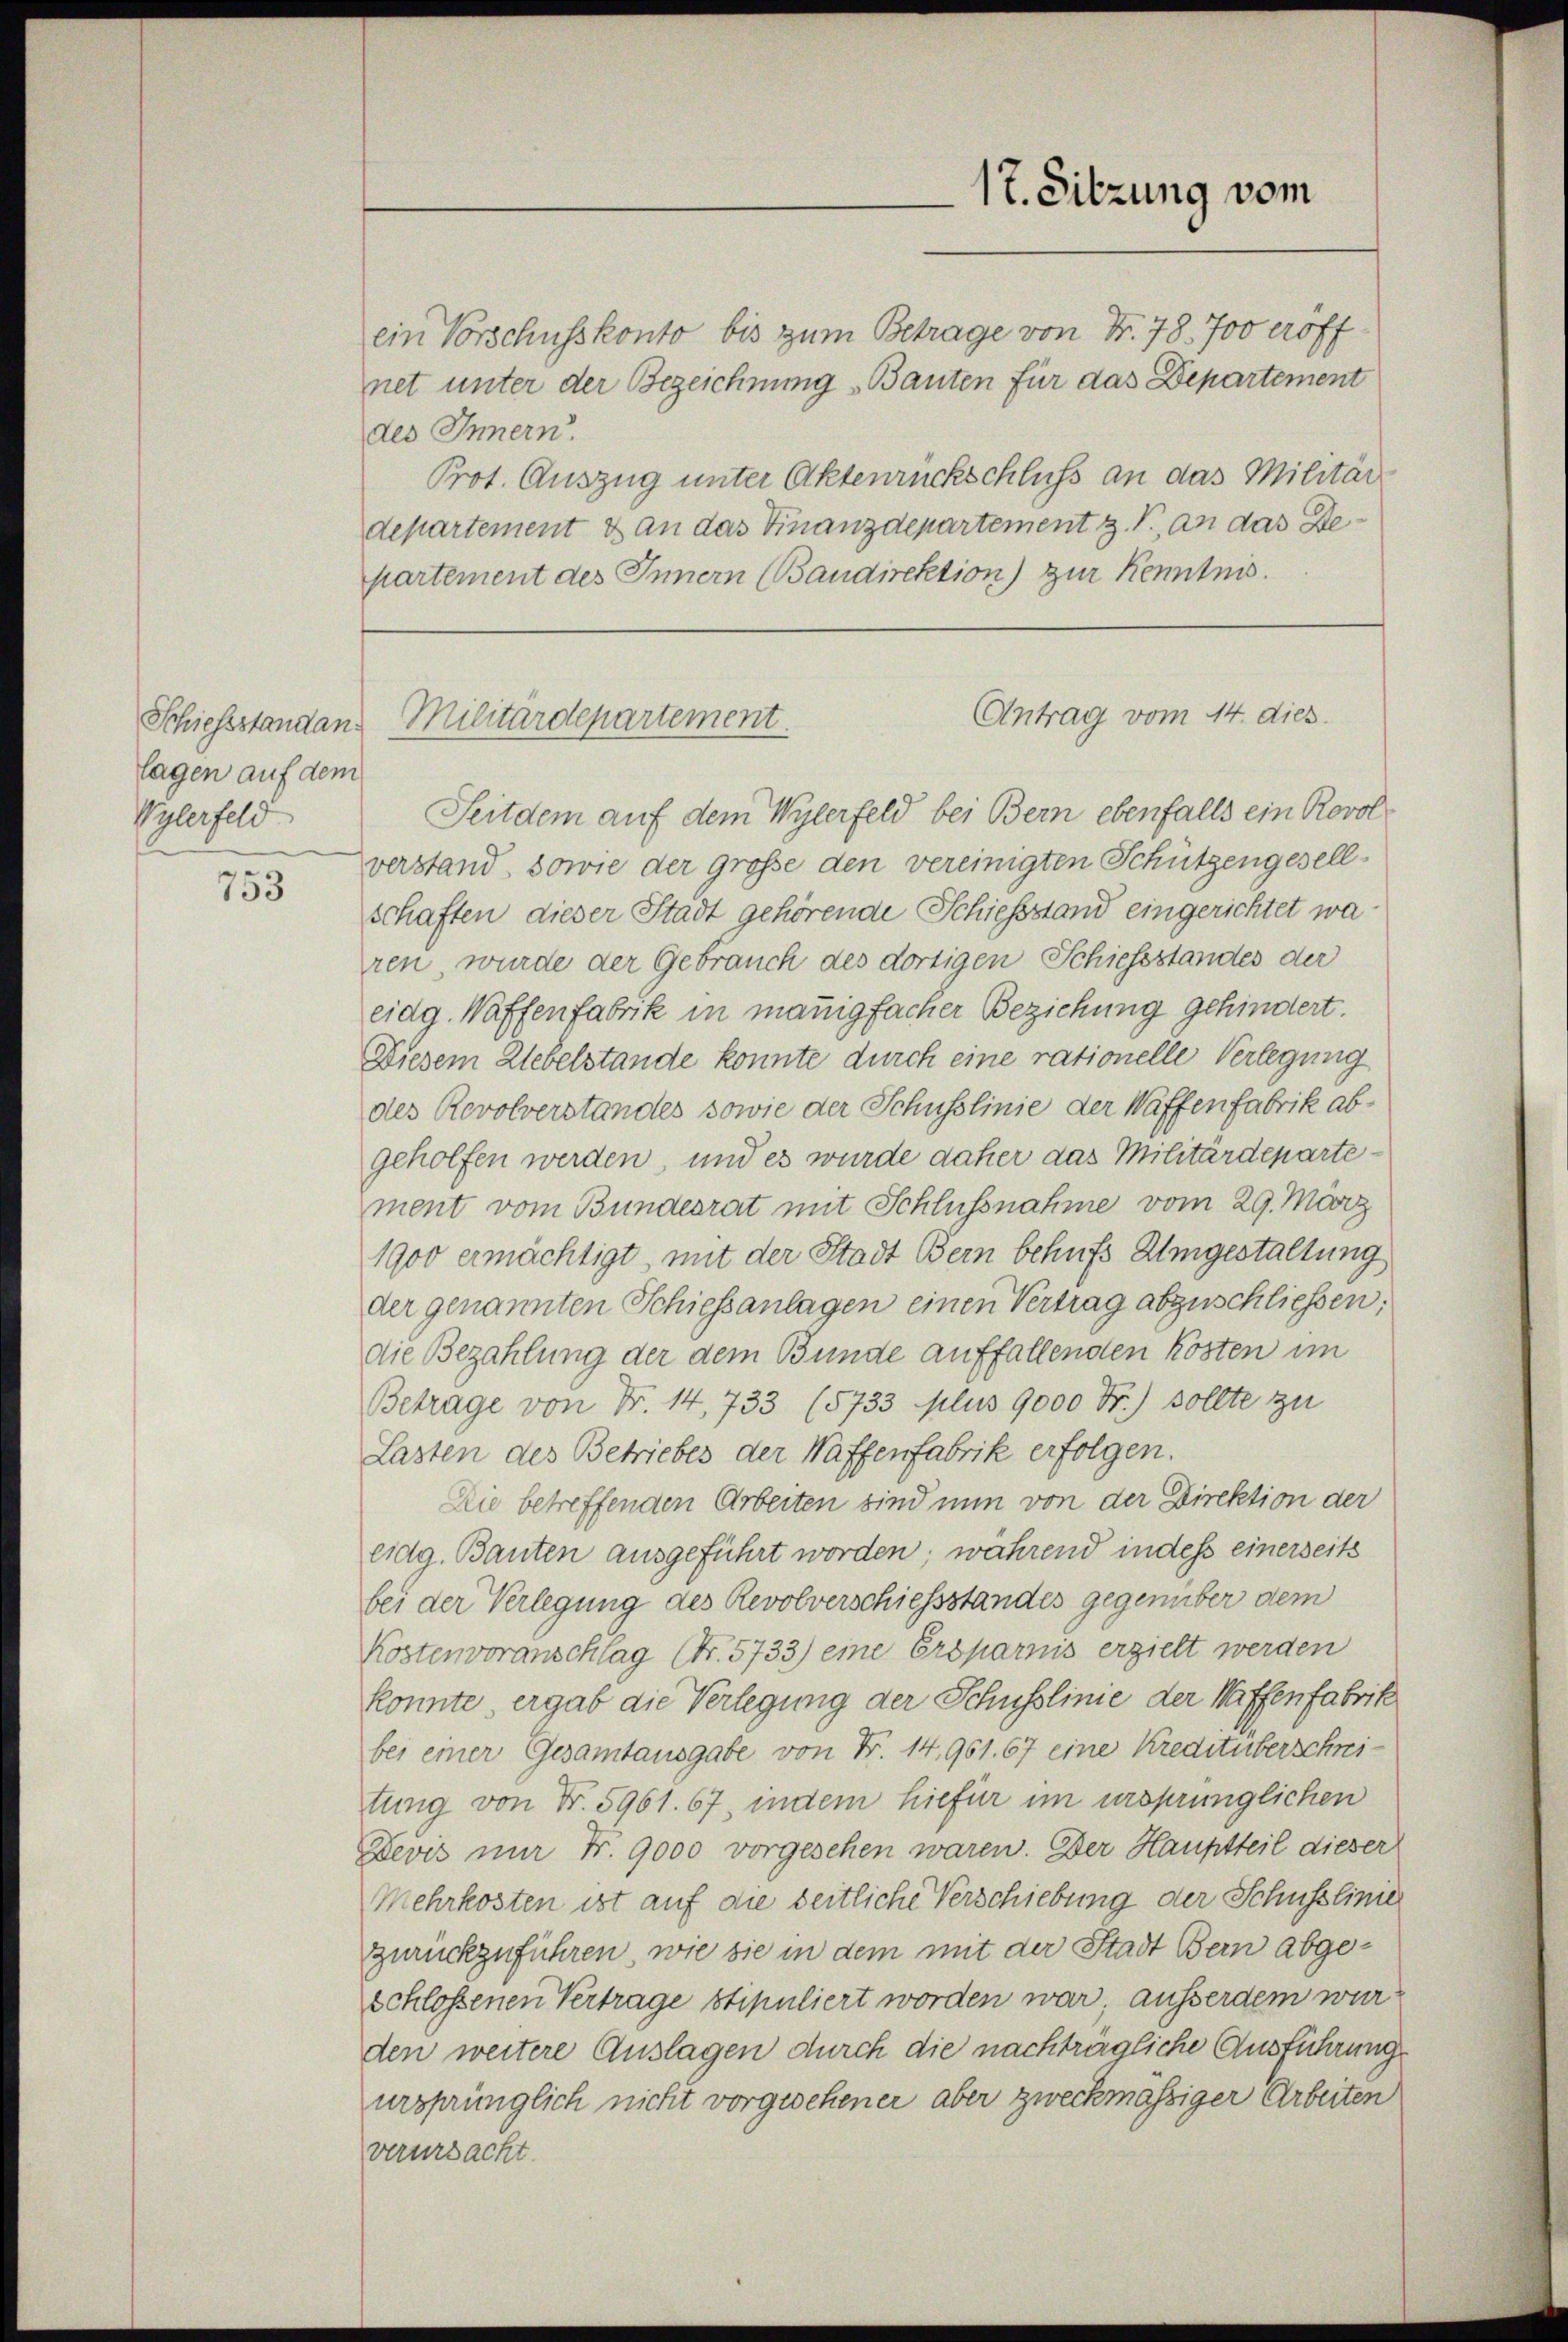
lagen auf dem
Vylerfeld

753

ein Vorschusskonto bis zum Betrage von Nr. 78. Joveroff
net unter der Bezeichnung Bauten für das Departement
des Innern.
Prot. Auszug unter Aktenrückschluss an das Militärdepartement & an das Finanzdepartement z. B. an das Bepartement des Innern (Baudirektion) zur Kenntnis.

17. Sitzung vom

Seitdem auf dem Wylerfeld bei Bern ebenfalls ein Rovolverstand, sowie der große den vereinigten Schützengesellschaften dieser Stadt gehörende Schießstand eingerichtet wa
ren, wurde der Gebrauch des dortigen Schiessstandes der
eidg. Waffenfabrik in manigfacher Beziehung gehindert.
Diesem Uebelstände konnte durch eine rationelle Verlegung
des Revolverstandes sowie der Schusslinie der Waffenfabrik abgeholfen werden, und es wurde daher das Militärdepartement vom Bundesrat mit Schlussnahme vom 29. März
1900 ermächtigt, mit der Stadt Bern behufs Umgestaltung
der genannten Schiessanlagen einen Vertrag abzuschliessen:
die Bezahlung der dem Bunde auffallenden kösten im
Betrage von Fr. 14, 733 (5733 plus 9000 Fr.) sollte zu
Lasten des Betriebes der Waffenfabrik erfolgen.
Die betreffenden Arbeiten sind nun von der Direktion der
eidg. Bauten ausgeführt worden; während in dess einerseits
bei der Verlegung des Revolverschiessstandes gegenüber dem
Kostenvoranschlag (Nr. 5733) eine Ersparnis erzielt werden
konnte, ergab die Verlegung der Schusslinie der Waffenfabrik
bei einer Gesamtausgabe von Fr. 14, 961. 67 eine Kreditüberschneitung von Fr. 5961. 67, indem hiefür im ursprünglichen
Devis mir Fr. 9000 vorgesehen waren. Der Hauptteil dieser
Mehrkosten ist auf die zeitliche Verschiebung der Schusslinie
zurückzuführen, wie sie in dem mit der Stadt Bern abgeschlossenen Vertrage stipuliert worden war ausserdem wurden weitere Auslagen durch die nachträgliche Ausführung
ursprünglich nicht vorgesehener aber zweckmässiger Arbeiten
verursacht.

Antrag vom 14. dies
Schiessstandans Militärdepartement.